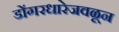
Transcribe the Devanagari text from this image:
डोंगरधारेजवळून